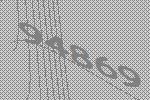
94869